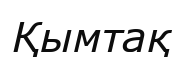
Қымтақ